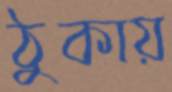
ঠুকায়